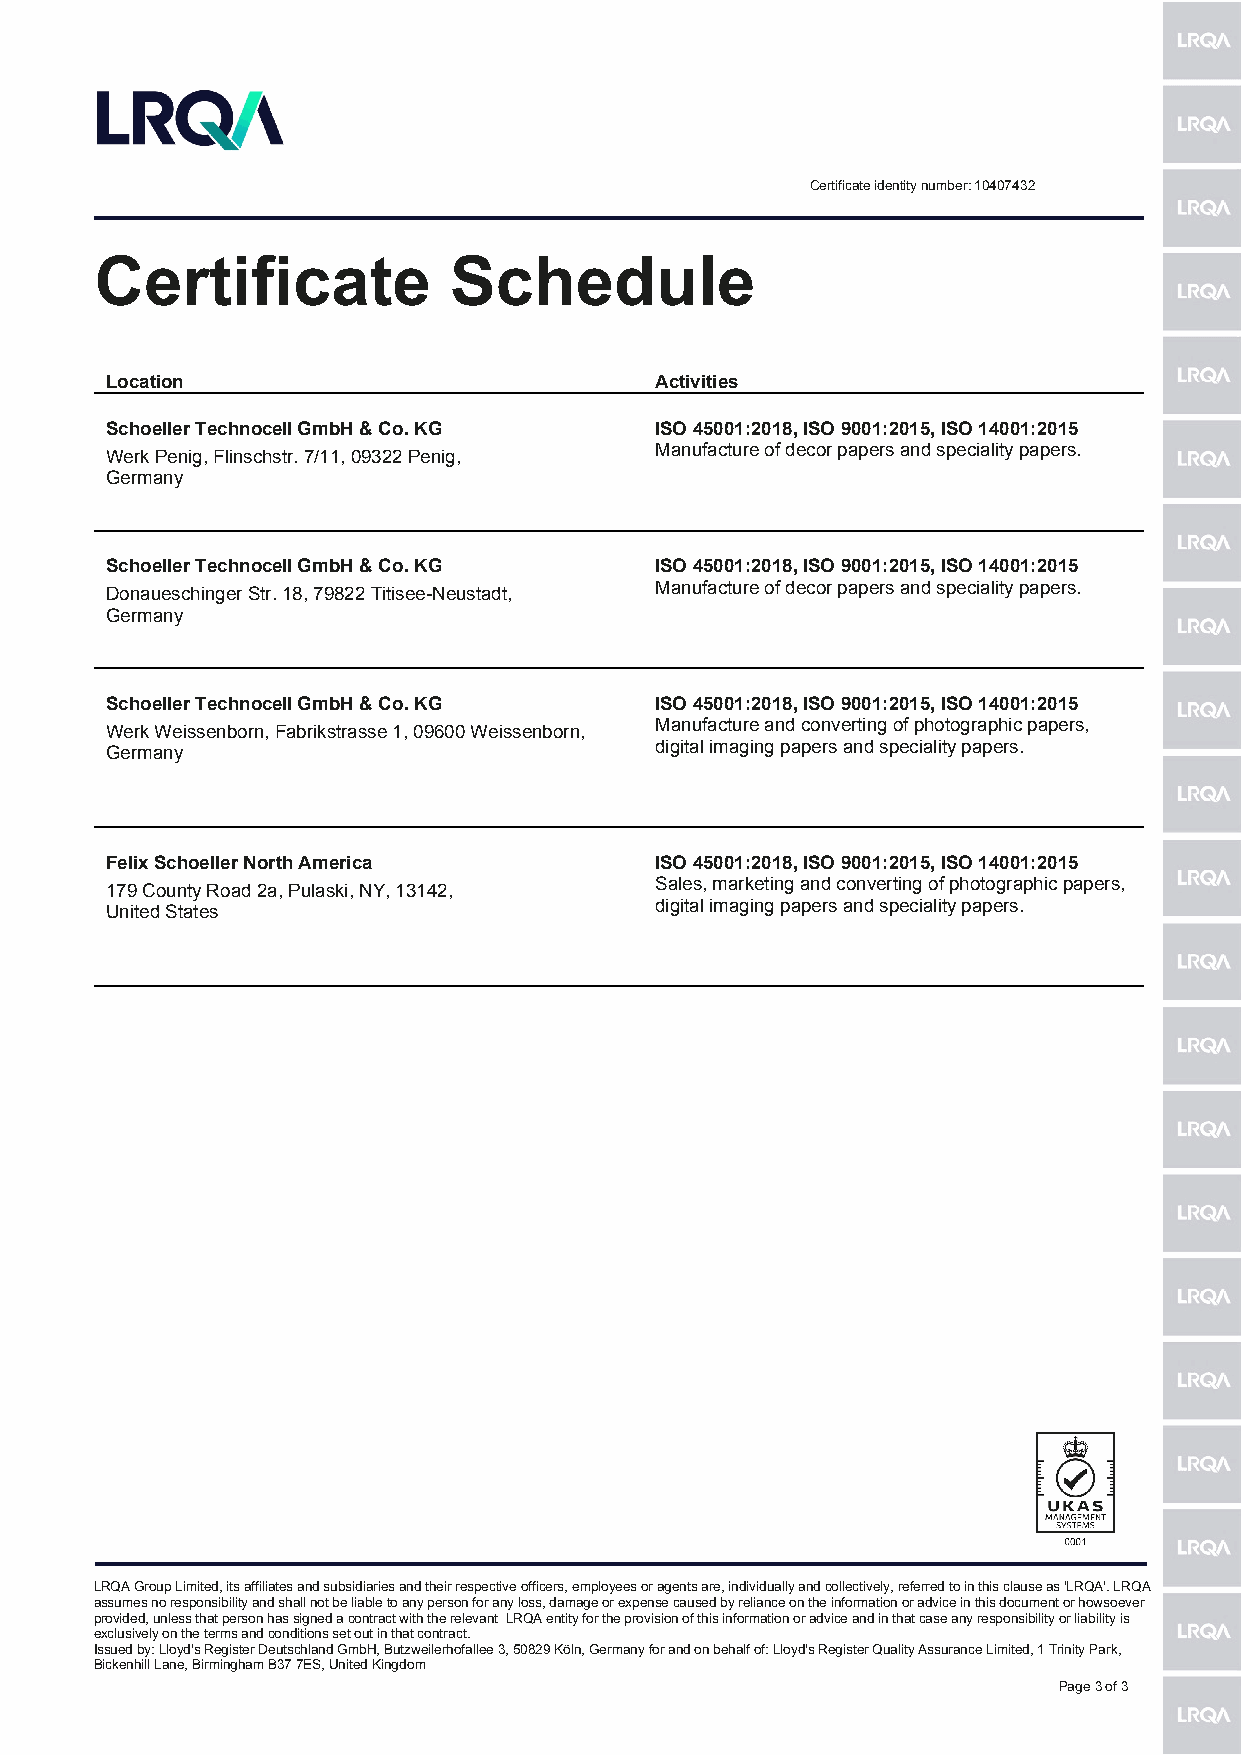
Certificate identity number: 10407432
 Certificate             Schedule
 Location                            Activities
 Schoeller Technocell GmbH & Co. KG  ISO 45001:2018, ISO 9001:2015, ISO 14001:2015
 Werk Penig, Flinschstr. 7/11, 09322 Penig, Manufacture of decor papers and speciality papers.
 Germany
 Schoeller Technocell GmbH & Co. KG  ISO 45001:2018, ISO 9001:2015, ISO 14001:2015
 Donaueschinger Str. 18, 79822 Titisee-Neustadt, Manufacture of decor papers and speciality papers.
 Germany
 Schoeller Technocell GmbH & Co. KG  ISO 45001:2018, ISO 9001:2015, ISO 14001:2015
 Werk Weissenborn, Fabrikstrasse 1, 09600 Weissenborn, Manufacture and converting of photographic papers,
 Germany                             digital imaging papers and speciality papers.
 Felix Schoeller North America       ISO 45001:2018, ISO 9001:2015, ISO 14001:2015
 179 County Road 2a, Pulaski, NY, 13142, Sales, marketing and converting of photographic papers,
 United States                       digital imaging papers and speciality papers.
 LRQA Group Limited, its affiliates and subsidiaries and their respective officers, employees or agents are, individually and collectively, referred to in this clause as 'LRQA'. LRQA
 assumes no responsibility and shall not be liable to any person for any loss, damage or expense caused by reliance on the information or advice in this document or howsoever
 provided, unless that person has signed a contract with the relevant LRQA entity for the provision of this information or advice and in that case any responsibility or liability is
 exclusively on the terms and conditions set out in that contract.
 Issued by: Lloyd's Register Deutschland GmbH, Butzweilerhofallee 3, 50829 Köln, Germany for and on behalf of: Lloyd's Register Quality Assurance Limited, 1 Trinity Park,
 Bickenhill Lane, Birmingham B37 7ES, United Kingdom
 Page 3 of 3